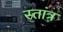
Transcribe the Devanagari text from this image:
स्तांत्र